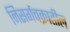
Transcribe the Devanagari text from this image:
निसर्गचक्रातील